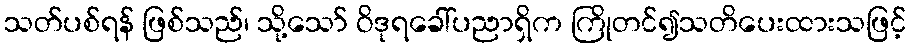
သတ်ပစ်ရန် ဖြစ်သည်၊ သို့သော် ဝိဒုရခေါ်ပညာရှိက ကြိုတင်၍သတိပေးထားသဖြင့်